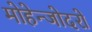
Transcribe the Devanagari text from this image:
मोहेन्जोदरो